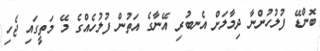
ބޮންޑޭ ފުލުހުންނާ ދިމާލަށް އެނބުރި އޭނާގެ އަތުން ފުލުހެއްގެ މޭ މަތީގައި ޖެހި